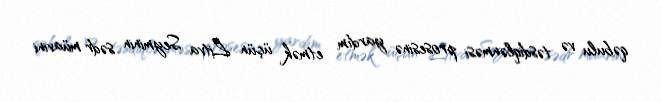
qəbulu və təsdiqlənməsi prosesinə yardım etmək üçün Litva Seyminin sədr müavini